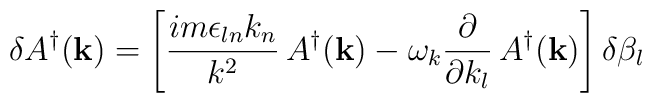
\delta A^\dagger({\bf k}) =\left[\frac{im\epsilon_{ln}k_n}{k^2}\,A^\dagger({\bf k}) -\omega_k\frac{\partial}{\partial k_l}\,A^\dagger({\bf k})\right]\delta\beta_l